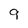
Character: 9